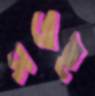
সরেই